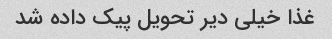
غذا خیلی دیر تحویل پیک داده شد